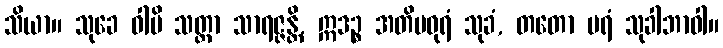
သိယာ။ သုခေ ဝါပိ သတ္တာ သာရဇ္ဇန္တိ, ဣဒဉ္စ အတိမဓုရံ သုခံ, တတော ပရံ သုခါဘာဝါ။